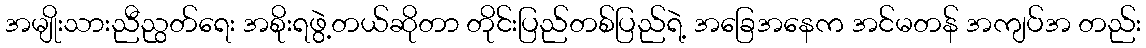
အမျိုးသားညီညွတ်ရေး အစိုးရဖွဲ့တယ်ဆိုတာ တိုင်းပြည်တစ်ပြည်ရဲ့ အခြေအနေက အင်မတန် အကျပ်အ တည်း